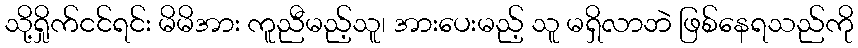
သို့ရှိုက်ငင်ရင်း မိမိအား ကူညီမည့်သူ၊ အားပေးမည့် သူ မရှိလာဘဲ ဖြစ်နေရသည်ကို